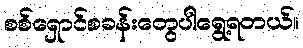
စစ်ရှောင်စခန်းတွေပါရွေ့ရတယ်။